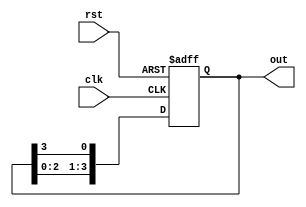
module ring_counter #(parameter N = 4) (
    input wire clk,
    input wire rst,
    output reg [N-1:0] out
);

    // Initial state for the counter, only the MSB is high initially
    initial begin
        out = 1'b1; // Set to 0001 for N=4
    end

    always @(posedge clk or posedge rst) begin
        if (rst) begin
            // On reset, initialize the counter to the starting state
            out <= 1'b1; // Sets the counter state to 0001
        end else begin
            // Shift the '1' to the right, wrapping around
            out <= {out[N-2:0], out[N-1]};
        end
    end

endmodule